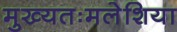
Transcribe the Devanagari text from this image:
मुख्यतःमलेशिया